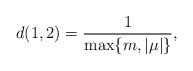
LaTeX: \begin{align*}d(1,2) = \frac{1}{\max \{ m , |\mu | \} } ,\end{align*}